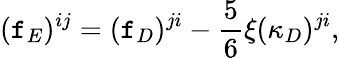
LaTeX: (\mathtt{f}_{E})^{ij}=(\mathtt{f}_{D})^{ji}-\frac{{5}}{{6}}\xi(\kappa_{D})^{ji},